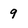
Character: 9